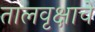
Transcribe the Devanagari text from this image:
तालवृक्षाचे